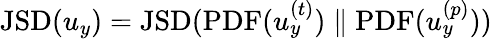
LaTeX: \mathrm{JSD}(u_{y})=\mathrm{JSD}(\mathrm{PDF}(u_{y}^{(t)})\parallel\mathrm{PDF}(u_{y}^{(p)}))